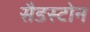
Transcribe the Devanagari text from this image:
सैडस्टोन